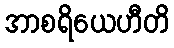
အာစရိယေဟီတိ